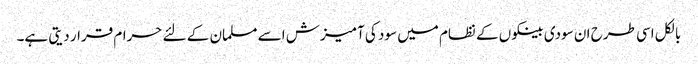
بالکل اسی طرح ان سودی بینکوں کے نظام میں سود کی آمیزش اسے مسلمان کے لئے حرام قرار دیتی ہے۔